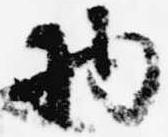
物